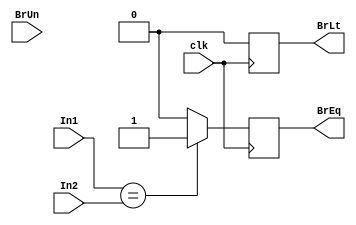
module Bcomp(
input clk,
input In1,
input In2,
input BrUn,
output reg BrLt,
output reg BrEq
   );
   
always @ (posedge clk)begin
    if (In1 < In2) begin 
    BrLt <= 1;
    BrEq <= 0;
    end
    if (In1 == In2) begin 
    BrLt <= 0;
    BrEq <= 1;
    end
    else begin 
    BrLt <= 0;
    BrEq <= 0;
    end
end
endmodule